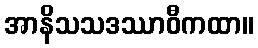
အာနိသသဒဿာဝီကထာ။